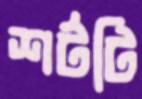
শর্টটি